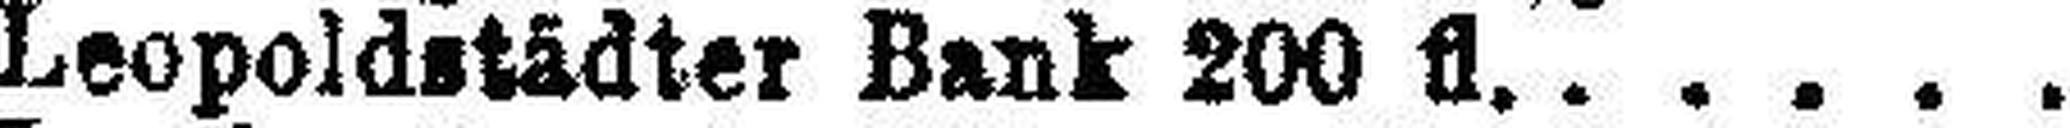
Leopoldstädter Bank 200 fl.